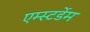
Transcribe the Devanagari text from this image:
एम्स्टर्डेम